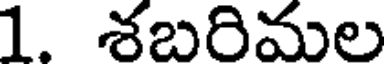
1. శబరిమల